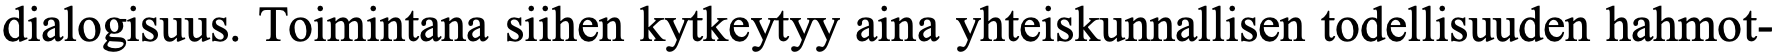
dialogisuus. Toimintana siihen kytkeytyy aina yhteiskunnallisen todellisuuden hahmot-